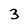
Character: 3